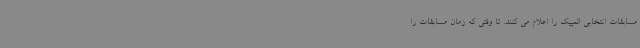
مسابقات انتخابی المپیک را اعلام می کنند. تا وقتی که زمان مسابقات را